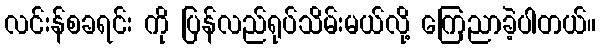
လင်းန်စခရင်း ကို ပြန်လည်ရုပ်သိမ်းမယ်လို့ ကြေညာခဲ့ပါတယ်။